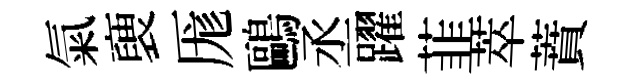
氣褏厖鷗丞躍韮萃蕡